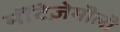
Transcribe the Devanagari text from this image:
मॊंटेज़ेमॊलॊ